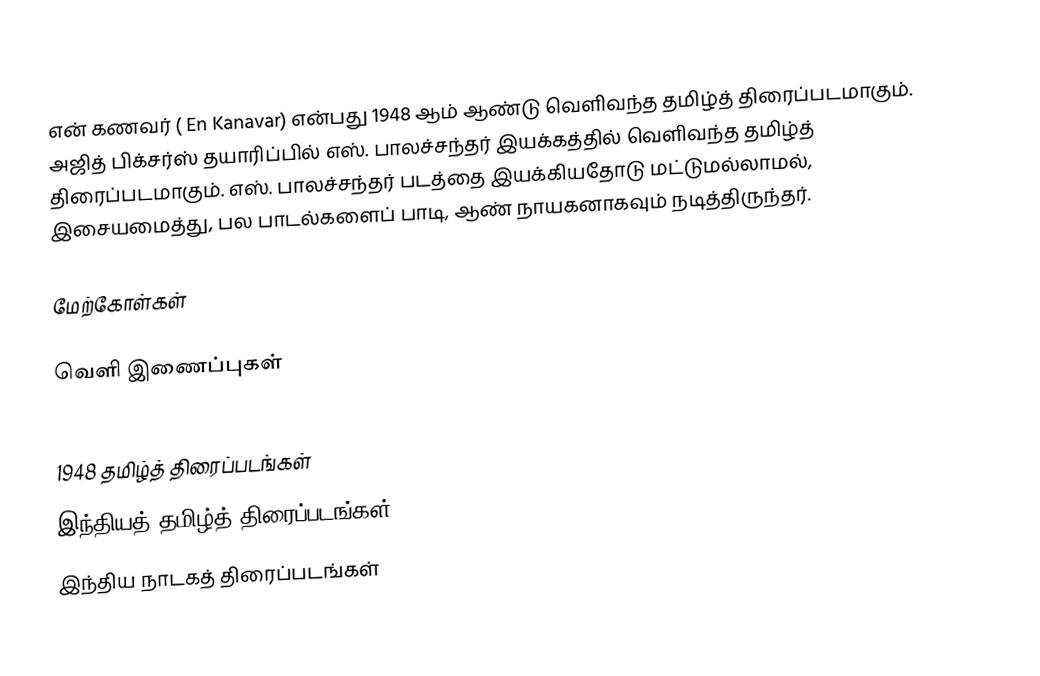
என் கணவர் ( En Kanavar) என்பது 1948 ஆம் ஆண்டு வெளிவந்த தமிழ்த் திரைப்படமாகும். அஜித் பிக்சர்ஸ் தயாரிப்பில் எஸ். பாலச்சந்தர் இயக்கத்தில் வெளிவந்த தமிழ்த் திரைப்படமாகும். எஸ். பாலச்சந்தர் படத்தை இயக்கியதோடு மட்டுமல்லாமல், இசையமைத்து, பல பாடல்களைப் பாடி, ஆண் நாயகனாகவும் நடித்திருந்தர்.

மேற்கோள்கள்

வெளி இணைப்புகள்

1948 தமிழ்த் திரைப்படங்கள்
இந்தியத் தமிழ்த் திரைப்படங்கள்
இந்திய நாடகத் திரைப்படங்கள்